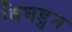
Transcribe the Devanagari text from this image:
बिघडुन